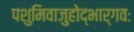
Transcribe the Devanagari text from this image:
पशुमिवाजुहोद्भार्गवः